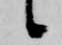
候